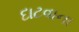
દાટવાના